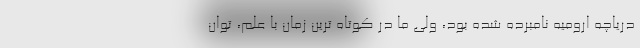
دریاچه ارومیه نامبرده شده بود، ولی ما در کوتاه ترین زمان با علم، توان